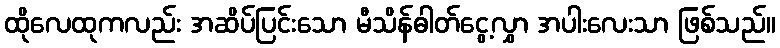
ထိုလေထုကလည်း အဆိပ်ပြင်းသော မီသိန်ဓါတ်ငွေ့လွှာ အပါးလေးသာ ဖြစ်သည်။